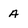
Character: a